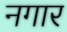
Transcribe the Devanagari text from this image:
नगार